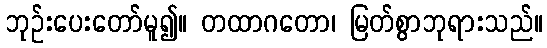
ဘုဉ်းပေးတော်မူ၍။ တထာဂတော၊ မြတ်စွာဘုရားသည်။